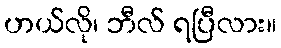
ဟယ်လို၊ ဘီလ် ရပြီလား။